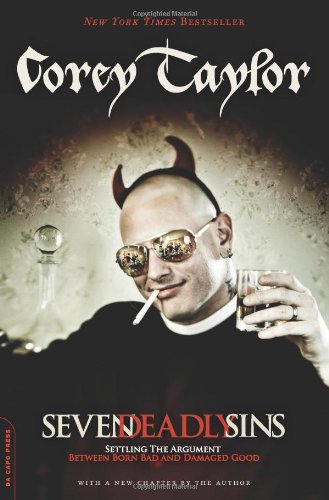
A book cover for Seven Deadly Sins: Settling the Argument Between Born Bad and Damaged Good; Corey Taylor; Biographies & Memoirs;